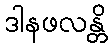
ဒါနဖလန္တိ